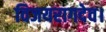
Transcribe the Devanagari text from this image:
विजयरागदेव।